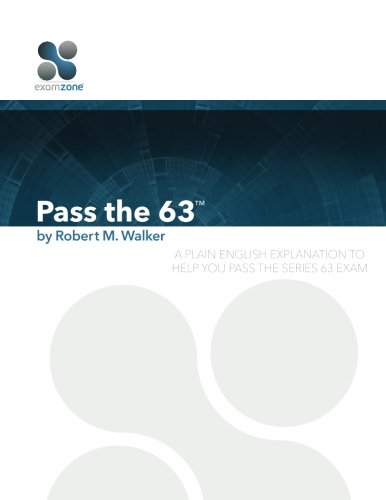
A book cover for Pass The 63 - 2015: A Plain English Explanation to Help You Pass the Series 63 Exam; Robert M. Walker; Test Preparation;